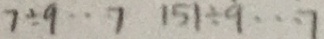
7 \div 9 \cdots 7 1 5 1 \div 9 \cdots 7